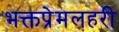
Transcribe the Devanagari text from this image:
भक्तप्रेमलहरी